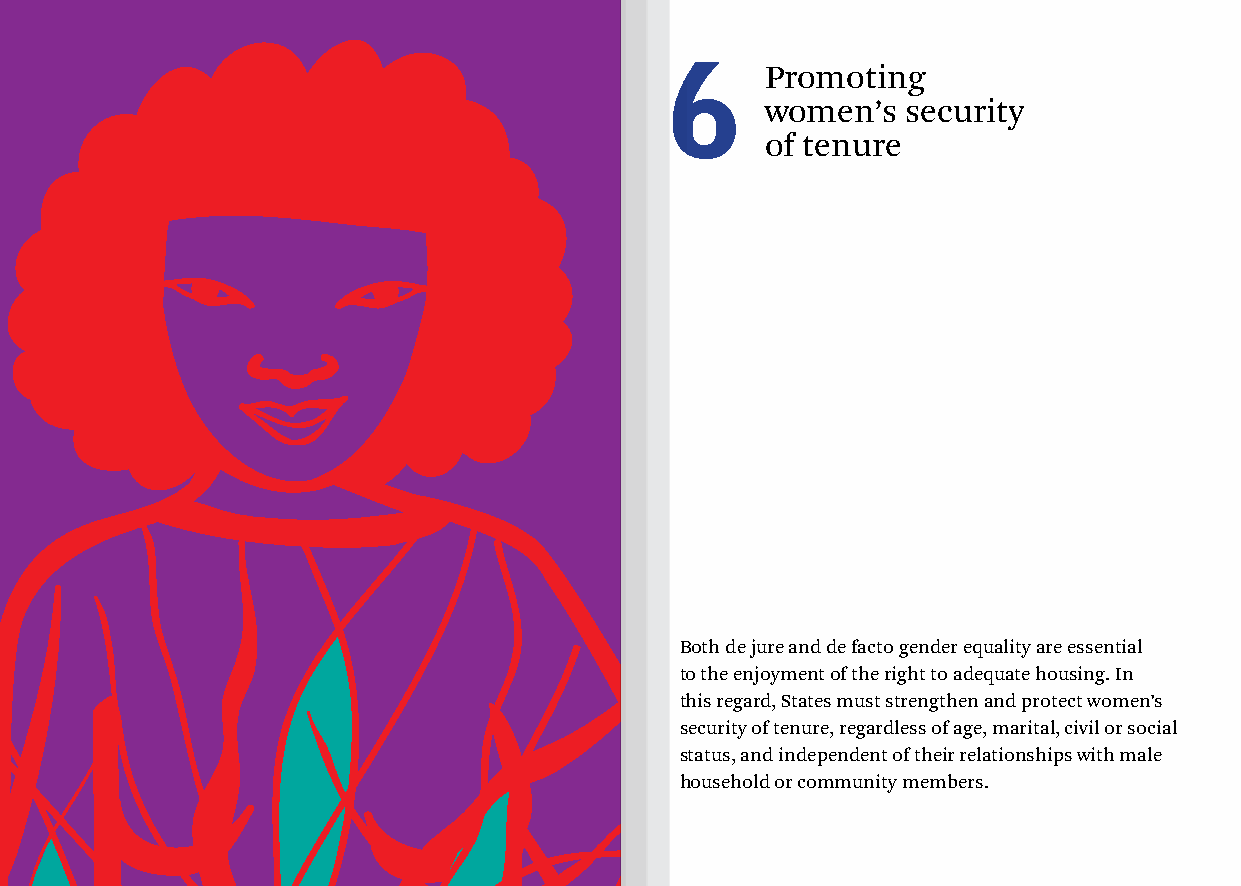
6      Promoting
 women’s  security
 of tenure
 Both de jure and de facto gender equality are essential
 to the enjoyment of the right to adequate housing. In
 this regard, States must strengthen and protect women’s
 security of tenure, regardless of age, marital, civil or social
 status, and independent of their relationships with male
 household or community members.